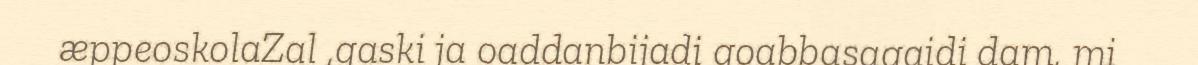
æppeoskolaZal ,gaski ja oaddanbijadi goabbasagaidi dam, mi